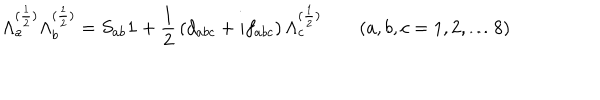
\Lambda _ { a } ^ { ( \frac { 1 } { 2 } ) } \Lambda _ { b } ^ { ( \frac { 1 } { 2 } ) } = S _ { a b } { \bf 1 } + \frac { 1 } { 2 } \, ( d _ { a b c } + i f _ { a b c } ) \, \Lambda _ { c } ^ { ( \frac { 1 } { 2 } ) } \quad \quad ( a , b , c = 1 , 2 , \dots 8 )